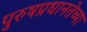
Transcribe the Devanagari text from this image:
पुरुषप्रधानतेच्या